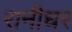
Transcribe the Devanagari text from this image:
रानीधर